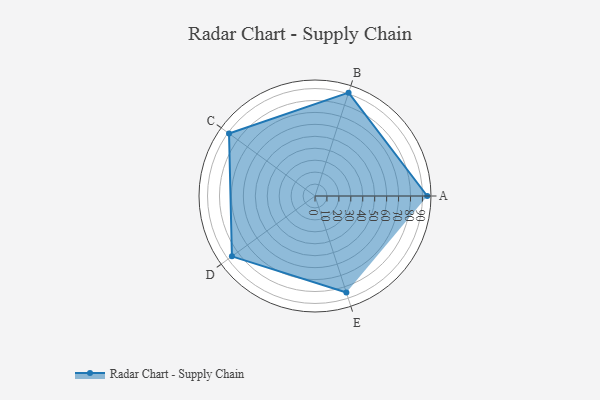
{"axis": {"x": "Skill", "y": "Score"}, "legend": ["Profile"], "data": [{"x": "A", "y": 94.0, "type": "Profile"}, {"x": "B", "y": 91.0, "type": "Profile"}, {"x": "C", "y": 89.0, "type": "Profile"}, {"x": "D", "y": 86.0, "type": "Profile"}, {"x": "E", "y": 85.0, "type": "Profile"}]}